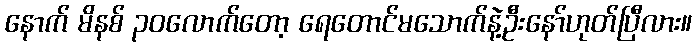
နောက် မိနစ် ၃၀လောက်တော့ ရေတောင်မသောက်နဲ့ဦးနော်ဟုတ်ပြီလား။